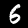
Label: 6